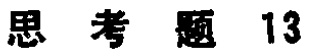
思考题 13